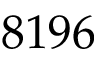
8 1 9 6